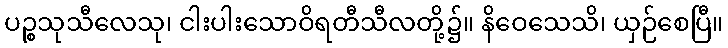
ပဉ္စသုသီလေသု၊ ငါးပါးသောဝိရတီသီလတို့၌။ နိဝေသေသိ၊ ယှဉ်စေပြီ။